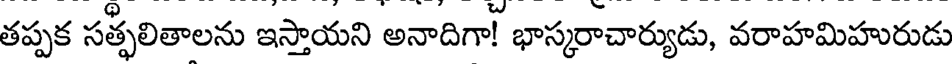
తప్పక సత్ఫలితాలను ఇస్తాయని అనాదిగా! భాస్కరాచార్యుడు, వరాహమిహురుడు